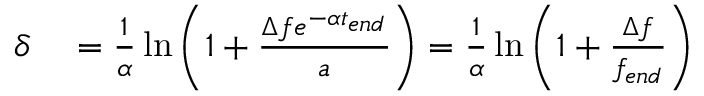
\begin{array} { r l } { \delta } & { { } = \frac { 1 } { \alpha } \ln { \bigg ( 1 + \frac { \Delta f e ^ { - \alpha t _ { e n d } } } { a } \bigg ) } = \frac { 1 } { \alpha } \ln { \bigg ( 1 + \frac { \Delta f } { f _ { e n d } } \bigg ) } } \end{array}